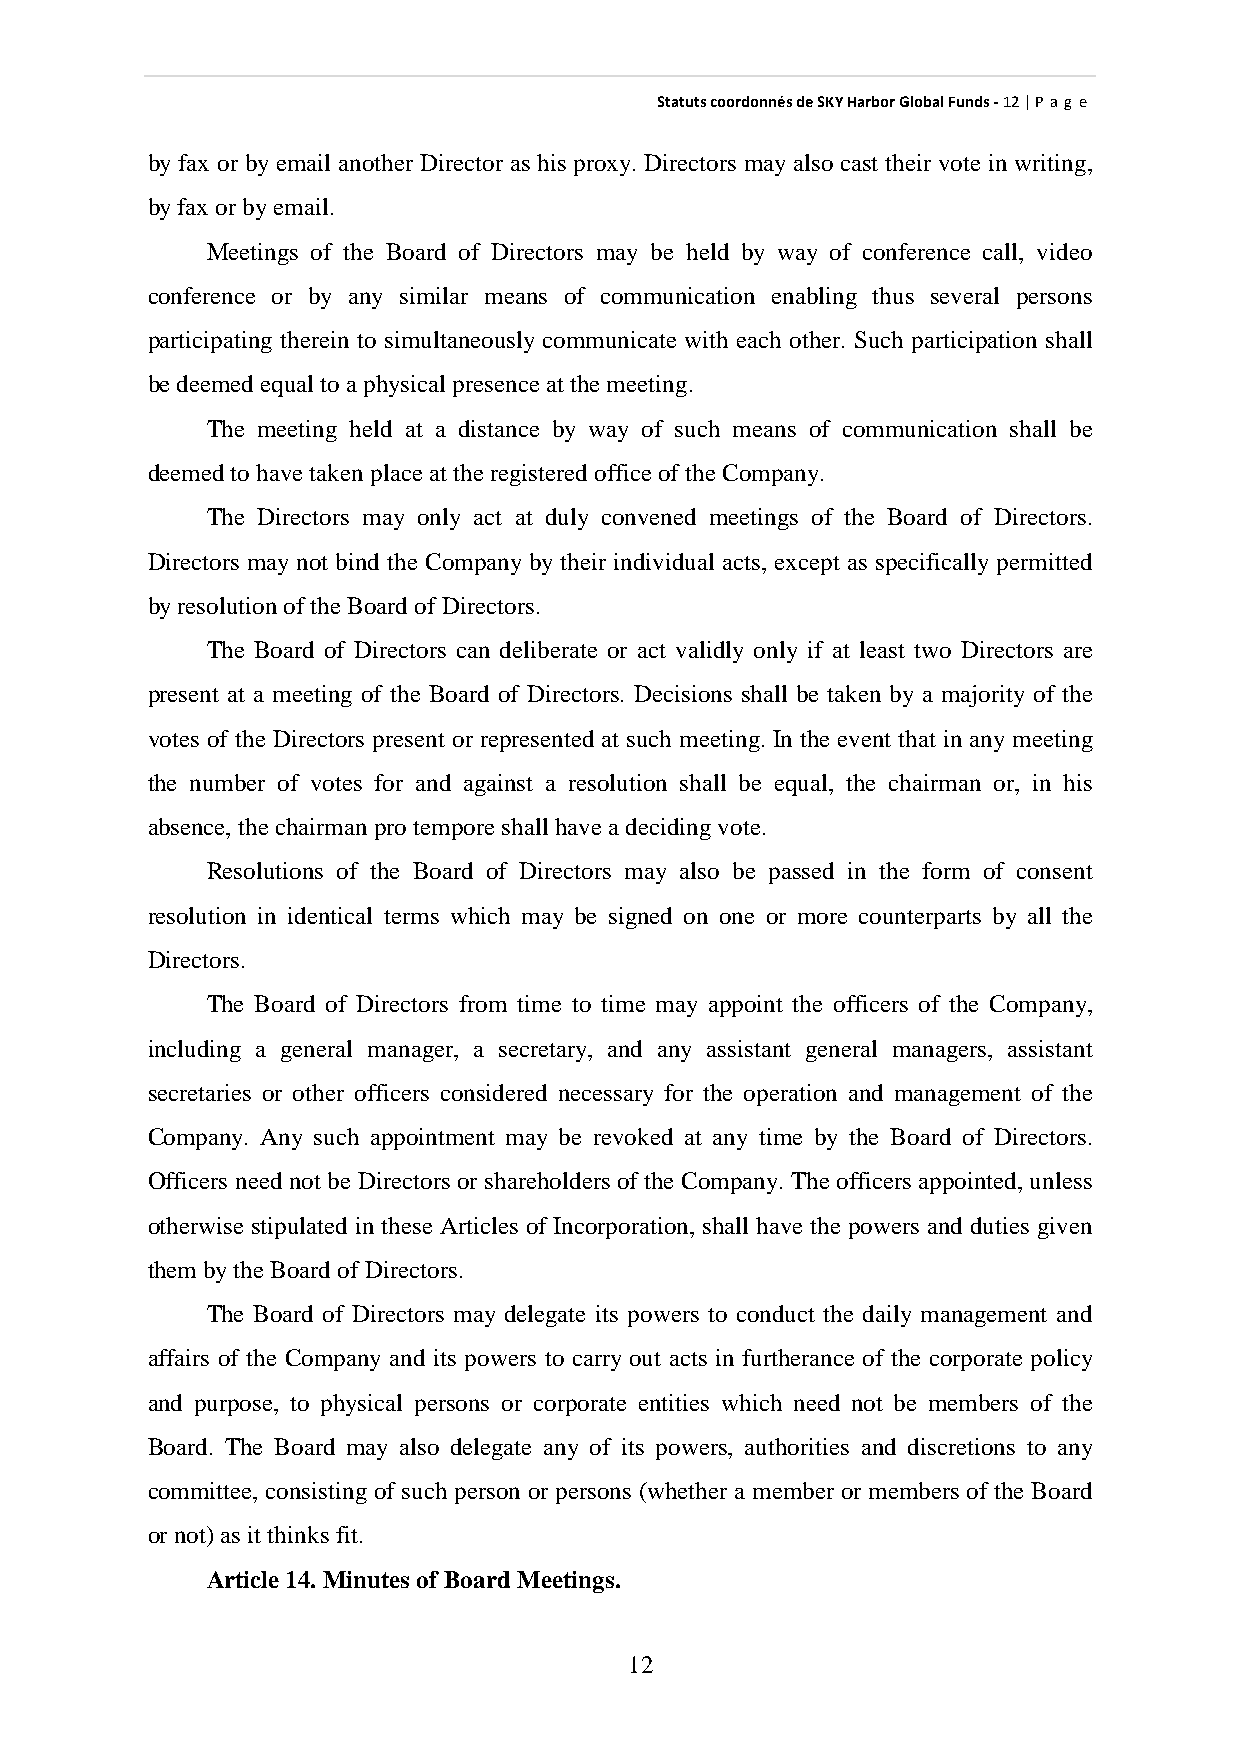
StatutscoordonnésdeSKYHarborGlobalFunds-12|P ag e
 byfax or byemail another Director as his proxy. Directors mayalso cast their vote in writing,
 byfax orbyemail.
 Meetings of the Board of Directors may be held by way of conference call, video
 conference or by any similar means of communication enabling thus several persons
 participating therein to simultaneously communicate with each other. Such participation shall
 bedeemedequal toaphysical presenceat themeeting.
 The meeting held at a distance by way of such means of communication shall be
 deemedtohavetakenplaceat theregisteredofficeoftheCompany.
 The Directors may only act at duly convened meetings of the Board of Directors.
 Directors may not bind the Company by their individual acts, except as specificallypermitted
 byresolutionoftheBoardofDirectors.
 The Board of Directors can deliberate or act validly only if at least two Directors are
 present at a meeting of the Board of Directors. Decisions shall be taken by a majority of the
 votes of the Directors present or represented at such meeting. In the event that in anymeeting
 the number of votes for and against a resolution shall be equal, the chairman or, in his
 absence,thechairmanprotemporeshall haveadecidingvote.
 Resolutions of the Board of Directors may also be passed in the form of consent
 resolution in identical terms which may be signed on one or more counterparts by all the
 Directors.
 The Board of Directors from time to time may appoint the officers of the Company,
 including a general manager, a secretary, and any assistant general managers, assistant
 secretaries or other officers considered necessary for the operation and management of the
 Company. Any such appointment may be revoked at any time by the Board of Directors.
 Officers need not be Directors or shareholders of the Company. The officers appointed, unless
 otherwise stipulated in these Articles of Incorporation, shall have the powers and duties given
 them bytheBoardofDirectors.
 The Board of Directors may delegate its powers to conduct the daily management and
 affairs of the Company and its powers to carry out acts in furtherance of the corporate policy
 and purpose, to physical persons or corporate entities which need not be members of the
 Board. The Board may also delegate any of its powers, authorities and discretions to any
 committee, consisting of such person or persons (whether a member or members of the Board
 ornot)as it thinks fit.
 Article14.Minutes of Board Meetings.
 12